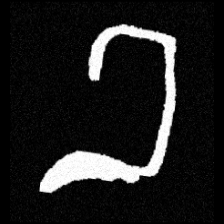
Pyu character \u2014 Myanmar letter: ခ (romanized: kha)